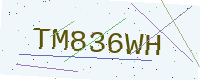
Text: TM836WH